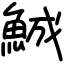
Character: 鯎